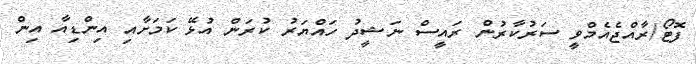
ފޮޓޯ/ރާއްޖެއެމްވީ ސަރުކާރުން ރައީސް ނަޝީދު ހައްޔަރު ކުރަން އުޅޭ ކަމަށާއި އިންޑިއާ އިން